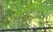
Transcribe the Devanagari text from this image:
बायोफीजिकल